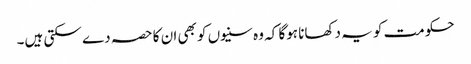
حکومت کو یہ دکھانا ہوگا کہ وہ سنیوں کو بھی ان کا حصہ دے سکتی ہیں۔